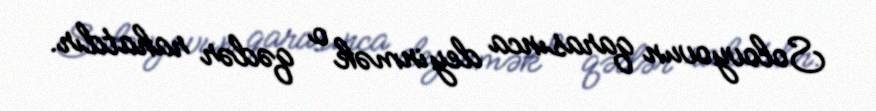
Solovyovun qarasınca deyinmək o qədər rahatdır.